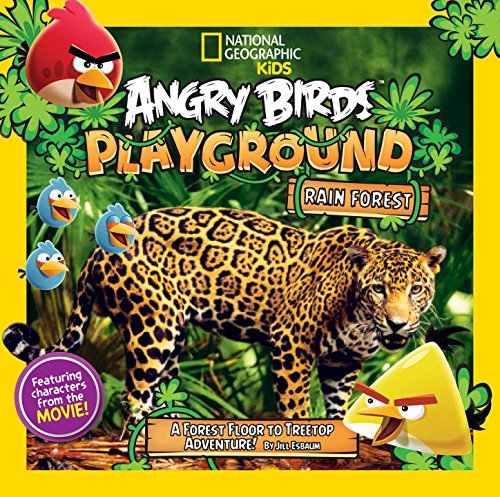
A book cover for Angry Birds Playground: Rain Forest: A Forest Floor to Treetop Adventure; Jill Esbaum; Science & Math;